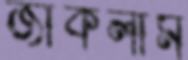
জাঁকলাম